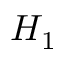
H _ { 1 }